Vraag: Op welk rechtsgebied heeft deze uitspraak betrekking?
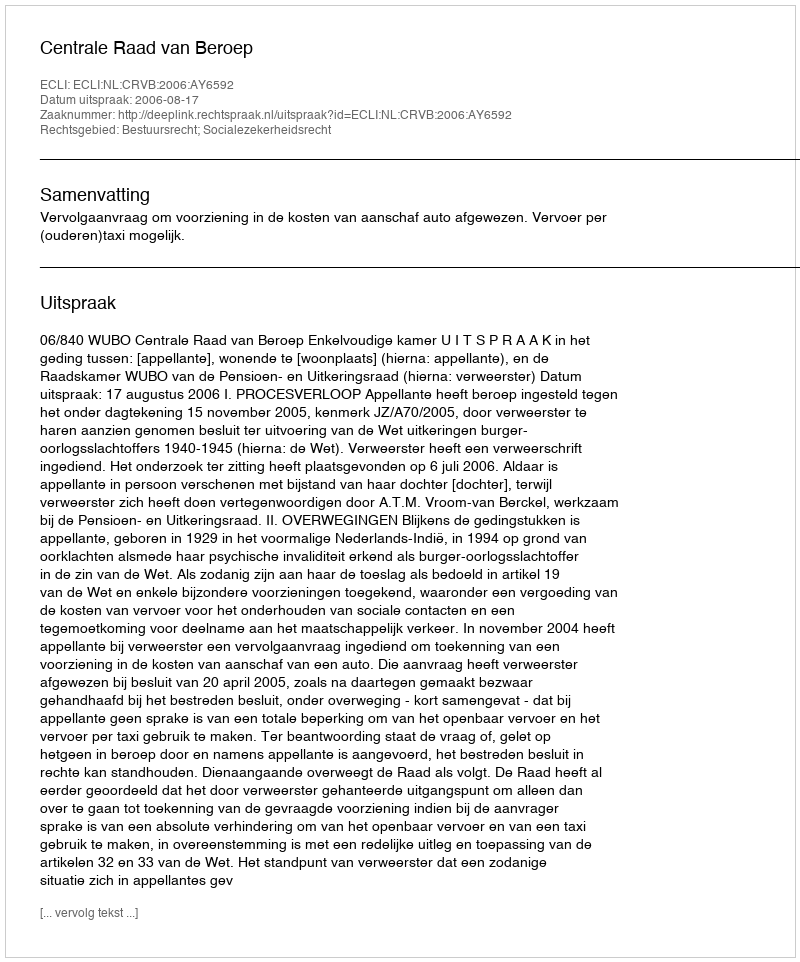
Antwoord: Bestuursrecht; Socialezekerheidsrecht